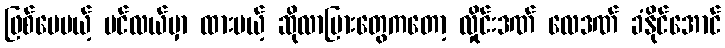
ဖြစ်ပေမယ့် ပင်လယ်မှာ ထားမယ့် ဆိုလာပြားတွေကတော့ လှိုင်းဒဏ် လေဒဏ် ခံနိုင်အောင်